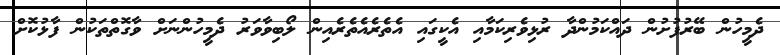
ދެމީހުން ބޭރުފުށުން ދައްކަމުންދާ ރުޅިވެރިކަމާއި އެކީގައި އެތެރެއެތެރެއިން ލޯބިވާވަރު ދެމީހުންނަށް ވާގޮތްތަކުން ފާޅުކޮށް